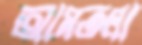
আমতলা